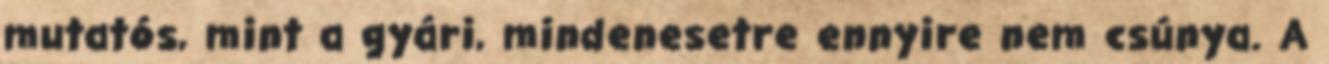
mutatós, mint a gyári, mindenesetre ennyire nem csúnya. A